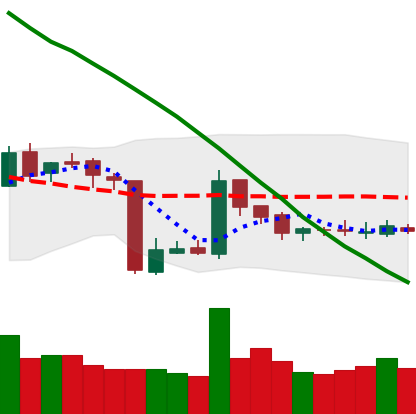
Ticker: BNB-USD
Chart end date: 2018-10-24
Forward return: -3.517%
Label: down_3_5